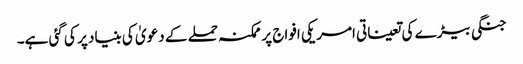
جنگی بیڑے کی تعیناتی امریکی افواج پر ممکنہ حملے کے دعویٰ کی بنیاد پر کی گئی ہے۔